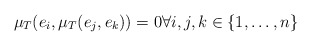
\begin{align*}\mu_T(e_i,\mu_T(e_j,e_k))=0 \forall i,j,k \in \{1,\ldots,n\}\end{align*}